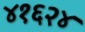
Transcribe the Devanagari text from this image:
४१६२४